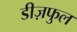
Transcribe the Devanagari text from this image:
डीज़फुल